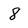
Character: 8